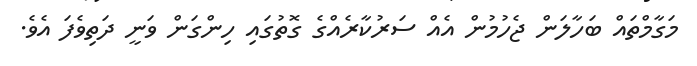
މަގާމްތައް ބަހާލަން ޖެހުމުން އެއް ސަރުކާރެއްގެ ގޮތުގައި ހިންގަން ވަނީ ދަތިވެފަ އެވެ.